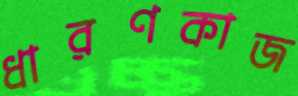
ধারণকাজ